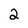
Character: 2